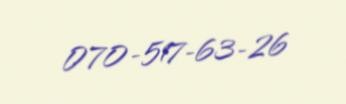
070-517-63-26